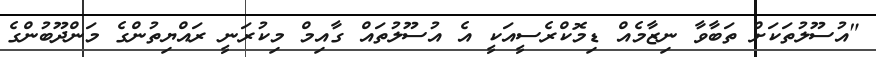
"އުސޫލުތަކަށް ތަބާވާ ނިޒާމެއް ޑިމޮކްރެސީއަކީ އެ އުސޫލުތައް ގާއިމް މިކުރަނީ ރައްޔިތުންގެ މަންދޫބުންގެ